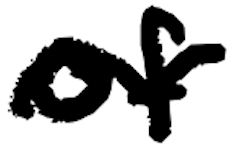
Text: of
Cross-out: wave
Writing tool: digital_black